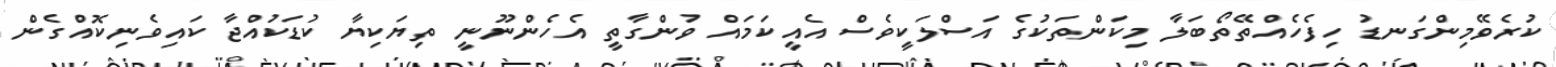
ކުރެވޭމިންގަނޑު ހިފެހެއްތޭތޯބަލާ މިކަންތަކުގެ އަސްލަކީވެސް އެއީކަމައް ވުންގާތީ އެހެންނޫނީ ތިޔަކިޔާ ކުޑަކުއްޖާ ކައިވެނިކޮއްގެން